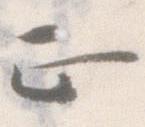
正